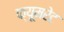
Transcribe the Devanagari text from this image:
फ्यूमरेट